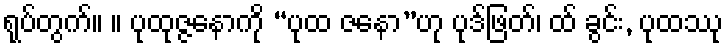
ရုပ်တွက်။ ။ ပုထုဇ္ဇနောကို “ပုထ ဇနော”ဟု ပုဒ်ဖြတ်၊ ထ် ခွင်း, ပုထဿု